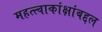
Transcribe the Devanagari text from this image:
महत्त्वाकांक्षांबद्दल